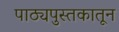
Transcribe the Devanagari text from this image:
पाठ्यपुस्तकातून